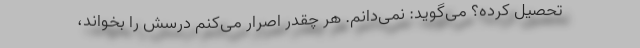
تحصیل کرده؟ می‌گوید: نمی‌دانم. هر چقدر اصرار می‌کنم درسش را بخواند،